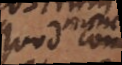
quod non